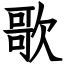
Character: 歌